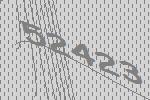
52423